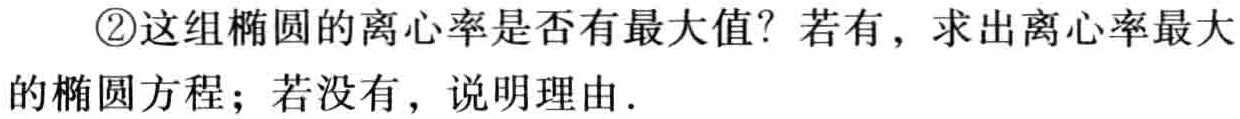
\textcircled{2}这组椭圆的离心率是否有最大值？若有，求出离心率最大的椭圆方程；若没有，说明理由．